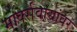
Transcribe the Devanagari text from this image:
मार्क्‍सवाद्यांवर